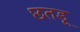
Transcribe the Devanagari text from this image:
छतड़ू